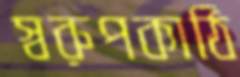
স্বরুপকাঠি